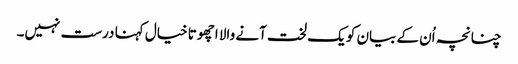
چنانچہ اُن کے بیان کو یک لخت آنے والا اچھوتا خیال کہنا درست نہیں۔